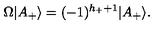
\Omega | A _ { + } \rangle = ( - 1 ) ^ { h _ { + } + 1 } | A _ { + } \rangle .